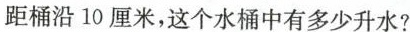
距桶沿10厘米，这个水桶中有多少升水?